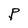
Character: P